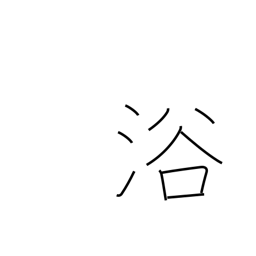
Meaning: be favored with